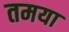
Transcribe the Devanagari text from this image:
तमया